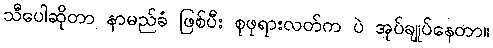
သီပေါဆိုတာ နာမည်ခံ ဖြစ်ပီး စုဖုရားလတ်က ပဲ အုပ်ချုပ်နေတာ။